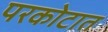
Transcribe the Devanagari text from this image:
परकोटात